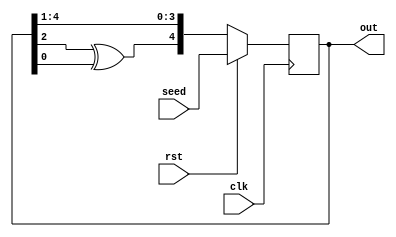
module lfsr_5 (clk, rst, seed, out);
	input wire clk, rst;
	input wire [4:0]seed;
	output reg [4:0] out;
	
	wire feedback;
	
	assign feedback = out[2] ^ out[0];
	
	always @ (posedge clk)
	begin
		if(rst == 1'b1) begin
			out <= seed;
		end
		else begin
			out <= {feedback, out[4:1]};
		end
	end
endmodule


module lfsr_6 (clk, rst, seed, out);
	input wire clk, rst;
	input wire [5:0]seed;
	output reg [5:0] out;
	
	wire feedback;
	
	assign feedback = out[1] ^ out[0];
	
	always @ (posedge clk)
	begin
		if(rst == 1'b1) begin
			out <= seed;
		end
		else begin
			out <= {feedback, out[5:1]};
		end
	end
endmodule


module lfsr_7 (clk, rst, seed, out);
	input wire clk, rst;
	input wire [6:0]seed;
	output reg [6:0] out;
	
	wire feedback;
	
	assign feedback = out[1] ^ out[0];
	
	always @ (posedge clk)
	begin
		if(rst == 1'b1) begin
			out <= seed;
		end
		else begin
			out <= {feedback, out[6:1]};
		end
	end
endmodule


module lfsr_8 (clk, rst, seed, out);
	input wire clk, rst;
	input wire [7:0]seed;
	output reg [7:0] out;
	
	wire feedback;
	
	assign feedback = out[4] ^ out[3] ^ out[2] ^ out[0];
	
	always @ (posedge clk)
	begin
		if(rst == 1'b1) begin
			out <= seed;
		end
		else begin
			out <= {feedback, out[7:1]};
		end
	end
endmodule


module lfsr_9 (clk, rst, seed, out);
	input wire clk, rst;
	input wire [8:0]seed;
	output reg [8:0] out;
	
	wire feedback;
	
	assign feedback = out[4] ^ out[0];
	
	always @ (posedge clk)
	begin
		if(rst == 1'b1) begin
			out <= seed;
		end
		else begin
			out <= {feedback, out[8:1]};
		end
	end
endmodule



module lfsr_10 (clk, rst, seed, out);
	input wire clk, rst;
	input wire [9:0]seed;
	output reg [9:0] out;
	
	wire feedback;
	
	assign feedback = out[3] ^ out[0];
	
	always @ (posedge clk)
	begin
		if(rst == 1'b1) begin
			out <= seed;
		end
		else begin
			out <= {feedback, out[9:1]};
		end
	end
endmodule


module lfsr_11 (clk, rst, seed, out);
	input wire clk, rst;
	input wire [10:0]seed;
	output reg [10:0] out;
	
	wire feedback;
	
	assign feedback = out[2] ^ out[0];
	
	always @ (posedge clk)
	begin
		if(rst == 1'b1) begin
			out <= seed;
		end
		else begin
			out <= {feedback, out[10:1]};
		end
	end
endmodule


module lfsr_12 (clk, rst, seed, out);
	input wire clk, rst;
	input wire [11:0]seed;
	output reg [11:0] out;
	
	wire feedback;
	
	assign feedback = out[8] ^ out[2] ^ out[1] ^ out[0];
	
	always @ (posedge clk)
	begin
		if(rst == 1'b1) begin
			out <= seed;
		end
		else begin
			out <= {feedback, out[11:1]};
		end
	end
endmodule

module lfsr_13 (clk, rst, seed, out);
	input wire clk, rst;
	input wire [12:0]seed;
	output reg [12:0] out;
	
	wire feedback;
	
	assign feedback = out[5] ^ out[2] ^ out[1] ^ out[0];
	
	always @ (posedge clk)
	begin
		if(rst == 1'b1) begin
			out <= seed;
		end
		else begin
			out <= {feedback, out[12:1]};
		end
	end
endmodule


module lfsr_14 (clk, rst, seed, out);
	input wire clk, rst;
	input wire [13:0]seed;
	output reg [13:0] out;
	
	wire feedback;
	
	assign feedback = out[12] ^ out[2] ^ out[1] ^ out[0];
	
	always @ (posedge clk)
	begin
		if(rst == 1'b1) begin
			out <= seed;
		end
		else begin
			out <= {feedback, out[13:1]};
		end
	end
endmodule


module lfsr_15 (clk, rst, seed, out);
	input wire clk, rst;
	input wire [14:0]seed;
	output reg [14:0] out;
	
	wire feedback;
	
	assign feedback = out[1] ^ out[0];
	
	always @ (posedge clk)
	begin
		if(rst == 1'b1) begin
			out <= seed;
		end
		else begin
			out <= {feedback, out[14:1]};
		end
	end
endmodule